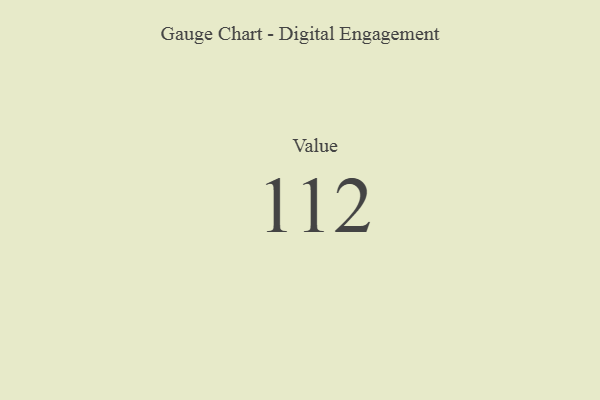
{"axis": {"x": "Metric", "y": "Value"}, "legend": [""], "data": [{"x": "Value", "y": 112, "type": ""}]}